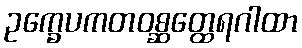
ဥက္ခေပကတဝစ္ဆတ္ထေရဂါထာ